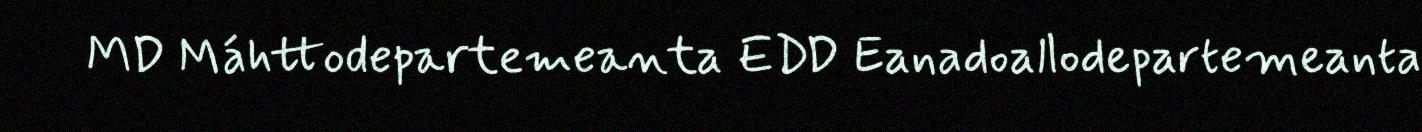
MD Máhttodepartemeanta EDD Eanadoallodepartemeanta